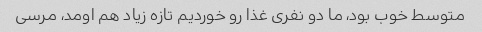
متوسط خوب بود، ما دو نفری غذا رو خوردیم تازه زیاد هم اومد، مرسی